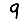
Digit: 9